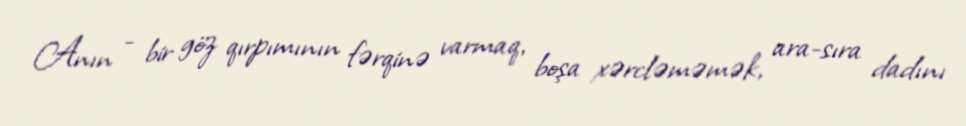
Anın - bir göz qırpımının fərqinə varmaq, boşa xərcləməmək, ara-sıra dadını